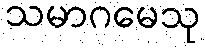
သမာဂမေသု